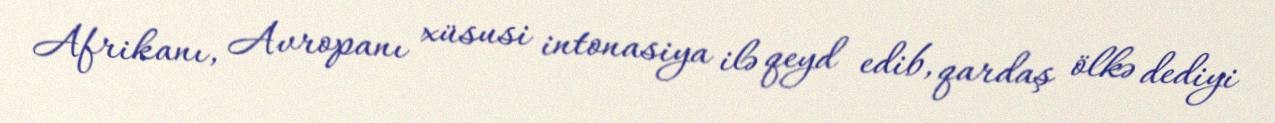
Afrikanı, Avropanı xüsusi intonasiya ilə qeyd edib, qardaş ölkə dediyi